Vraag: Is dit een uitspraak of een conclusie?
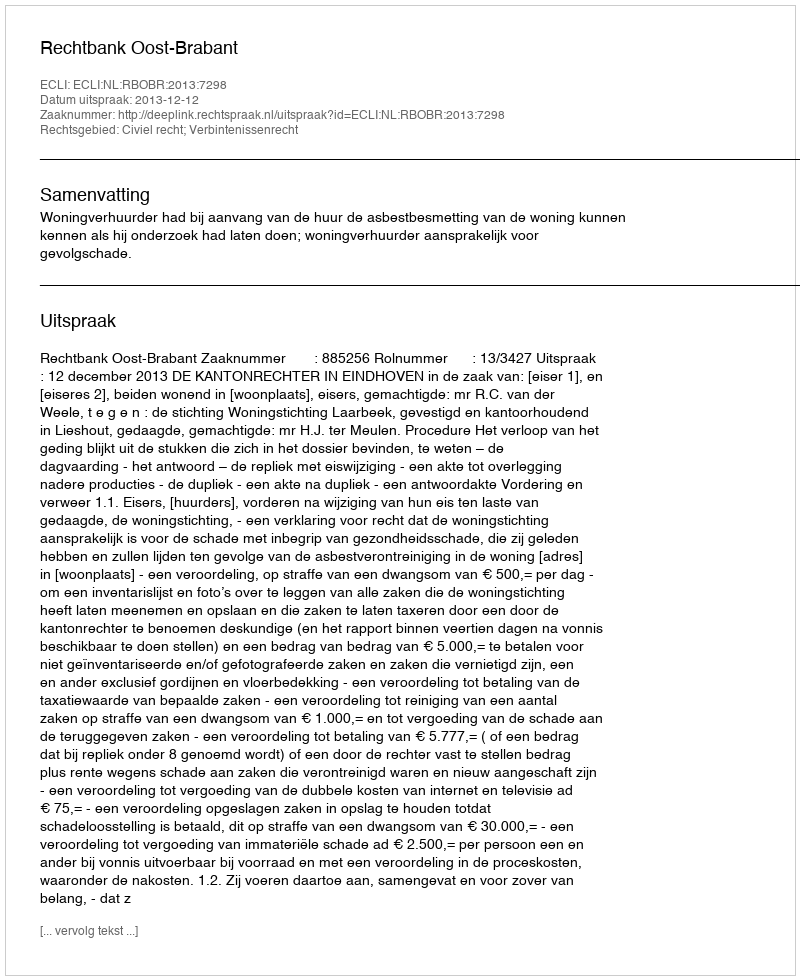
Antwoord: Uitspraak